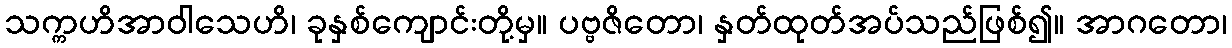
သက္ကဟိအာဝါသေဟိ၊ ခုနှစ်ကျောင်းတို့မှ။ ပဗ္ဗဇိတော၊ နှတ်ထုတ်အပ်သည်ဖြစ်၍။ အာဂတော၊